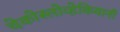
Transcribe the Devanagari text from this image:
चेकोस्लोव्हेकियानी